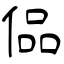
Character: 偘